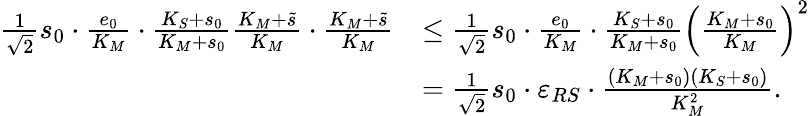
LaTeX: \begin{array}{rl}{\frac{1}{\sqrt 2}s_{0}\cdot\frac{e_{0}}{K_{M}}\cdot\frac{K_{S}+s_{0}}{K_{M}+s_{0}}\frac{K_{M}+\widetilde s}{K_{M}}\cdot\frac{K_{M}+\widetilde s}{K_{M}}}&{\leq\frac{1}{\sqrt 2}s_{0}\cdot\frac{e_{0}}{K_{M}}\cdot\frac{K_{S}+s_{0}}{K_{M}+s_{0}}\left(\frac{K_{M}+s_{0}}{K_{M}}\right)^{2}}\\ &{=\frac{1}{\sqrt 2}s_{0}\cdot\varepsilon_{RS}\cdot\frac{(K_{M}+s_{0})(K_{S}+s_{0})}{K_{M}^{2}}.}\end{array}